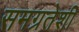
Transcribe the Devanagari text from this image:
समग्रतेशी